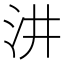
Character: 汫